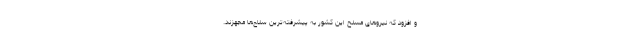
و افزود که نیروهای مسلح این کشور به پیشرفته‌ترین سلاح‌ها مجهزند.